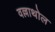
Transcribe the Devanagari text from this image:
वल्लाथोल